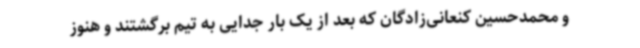
و محمدحسین کنعانی‌زادگان که بعد از یک بار جدایی به تیم برگشتند و هنوز